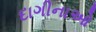
દાગીનાઓ